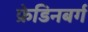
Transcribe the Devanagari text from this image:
फ्रेडिनबर्ग